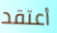
أعتقد